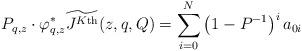
LaTeX: \begin{align*} P_{q,z} \cdot \varphi_{q,z}^* \widetilde{J^{K\textnormal{th}}}(z,q,Q) = \sum_{i=0}^N \left( 1 - P^{-1} \right)^i a_{0i} \end{align*}